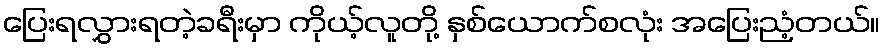
ပြေးရလွှားရတဲ့ခရီးမှာ ကိုယ့်လူတို့ နှစ်ယောက်စလုံး အပြေးညံ့တယ်။